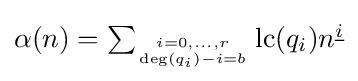
{\textstyle \alpha (n)=\sum _{i=0,\dots ,r \atop \deg(q_{i})-i=b}{\text{lc}}(q_{i})n^{\underline {i}}}